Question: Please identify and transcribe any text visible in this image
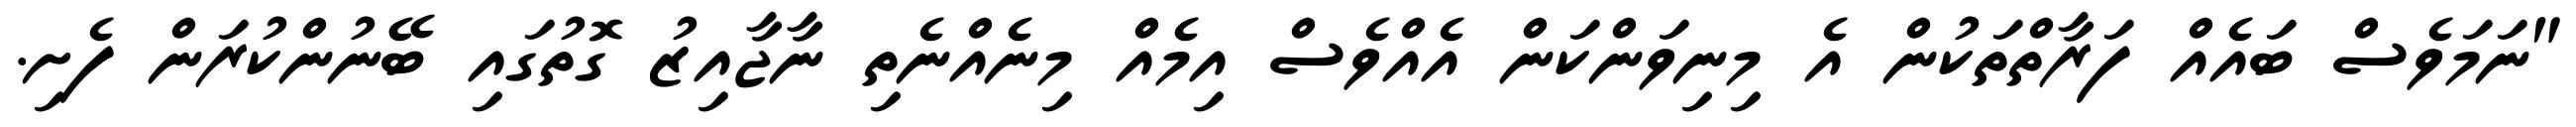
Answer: "ނަމަވެސް ބައެއް ފަރާތްތަކުން އެ މިނިވަންކަން އެއްވެސް އިމެއް މިނެއްނެތި ނާޖާއިޒު ގޮތުގައި ބޭނުންކުރަން ފެށި.